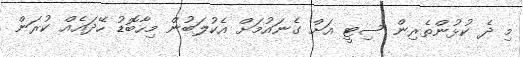
މި ދެ ކުޅުންތެރިން ސިޓީ އަށް ގެނައުމަށް އެކުލަބުން މިހާބޮޑު ހޭދައެއް ކުރަން